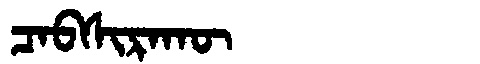
Manchu: ᠴᠠᠪᠰᡳᡵᠠᡴᡡ
Romanization: CABSIRAKŪ